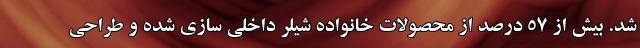
شد. بیش از 57 درصد از محصولات خانواده شیلر داخلی سازی شده و طراحی